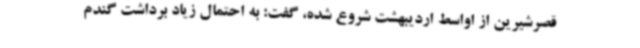
قصرشیرین از اواسط اردیبهشت شروع شده، گفت: به احتمال زیاد برداشت گندم